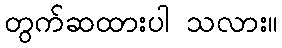
တွက်ဆထားပါ သလား။